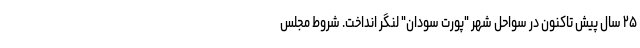
۲۵ سال پیش تاکنون در سواحل شهر "پورت سودان" لنگر انداخت. شروط مجلس